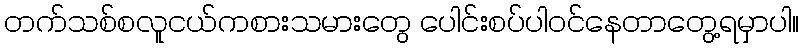
တက်သစ်စလူငယ်ကစားသမားတွေ ပေါင်းစပ်ပါဝင်နေတာတွေ့ရမှာပါ။